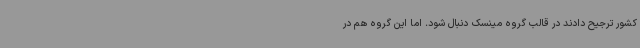
کشور ترجیح دادند در قالب گروه مینسک دنبال شود. اما این گروه هم در